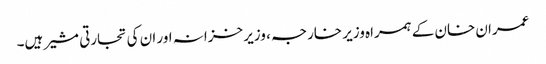
عمران خان کے ہمراہ وزیر خارجہ ، وزیر خزانہ اور ان کی تجارتی مشیر ہیں۔